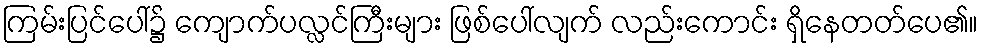
ကြမ်းပြင်ပေါ်၌ ကျောက်ပလ္လင်ကြီးများ ဖြစ်ပေါ်လျက် လည်းကောင်း ရှိနေတတ်ပေ၏။